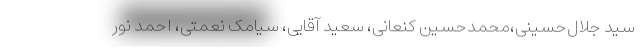
سید جلال‌حسینی،محمدحسین کنعانی، سعید آقایی، سیامک نعمتی، احمد نور